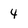
Character: 4